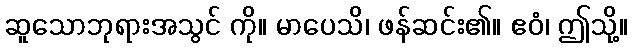
ဆူသောဘုရားအသွင် ကို။ မာပေသိ၊ ဖန်ဆင်း၏။ ဧဝံ၊ ဤသို့။